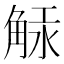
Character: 觨